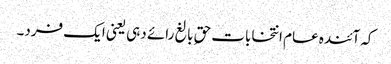
کہ آئندہ عام انتخابات حقِ بالغ رائے دہی یعنی ایک فرد۔